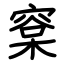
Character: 㮤